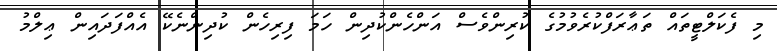
މި ފެކަލްޓީތައް ތަޢާރަފްކުރެވުމުގެ ކުރިންވެސް އަންހެންކުދިން ހަމަ ފިރިހެން ކުދިންނެކޭ އެއްފަދައިން ޢިލްމު